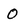
Character: o